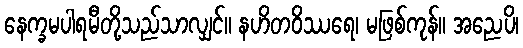
နေက္ခမပါရမီတို့သည်သာလျှင်။ နဟိတဝိဿရေ၊ မဖြစ်ကုန်။ အညေပိ၊